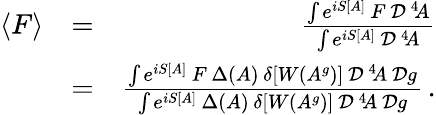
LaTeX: \begin{array}{rlr}{\langle F\rangle}&{=}&{{\frac{\int e^{iS[A]}\, F\, {\cal D}^{\, 4}\! A}{\int e^{iS[A]}\, {\cal D}^{\, 4}\! A}}}\\ &{=}&{{\frac{\int e^{iS[A]}\, F\, \Delta(A)\, \delta[W(A^{g})]\, {\cal D}^{\, 4}\! A\, {\cal D}g}{\int e^{iS[A]}\, \Delta(A)\, \delta[W(A^{g})]\, {\cal D}^{\, 4}\! A\, {\cal D}g}}\, .}\end{array}